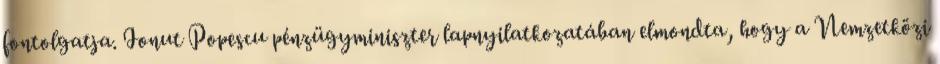
fontolgatja. Ionut Popescu pénzügyminiszter lapnyilatkozatában elmondta, hogy a Nemzetközi